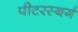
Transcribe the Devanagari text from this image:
पीटरस्बर्ग